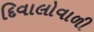
દિવાલોવાળી